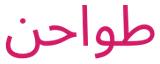
طواحن